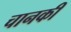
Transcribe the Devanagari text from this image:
चानकी